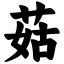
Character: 菇